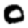
Digit: 0